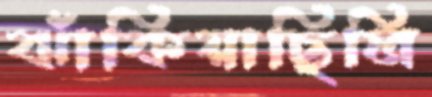
ঝাঁকিয়াছিলি